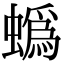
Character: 蟡